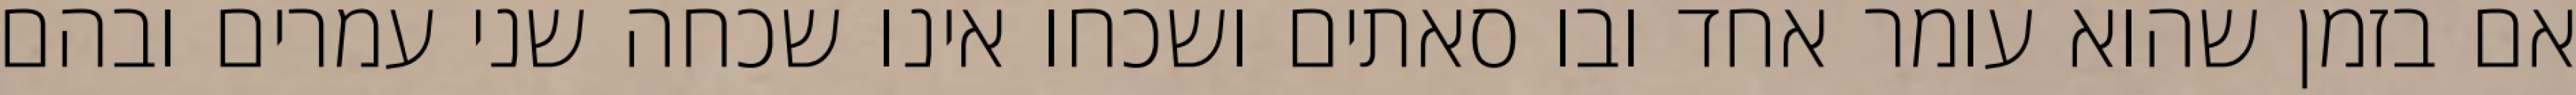
אם בזמן שהוא עומר אחד ובו סאתים ושכחו אינו שכחה שני עמרים ובהם